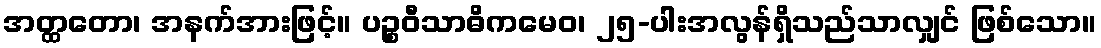
အတ္ထတော၊ အနက်အားဖြင့်။ ပဉ္စဝီသာဓိကမေဝ၊ ၂၅-ပါးအလွန်ရှိသည်သာလျှင် ဖြစ်သော။